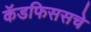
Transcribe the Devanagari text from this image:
कॅडफिससचे